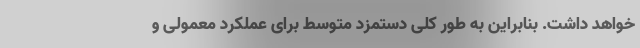
خواهد داشت. بنابراین به طور کلی دستمزد متوسط برای عملکرد معمولی و